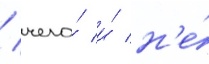
/ чего́ и́ н'е́